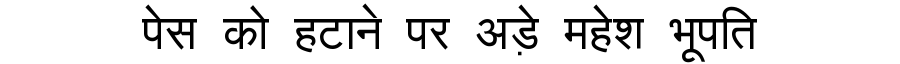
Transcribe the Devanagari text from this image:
पेस को हटाने पर अड़े महेश भूपति